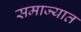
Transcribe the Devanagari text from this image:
समाज्यात